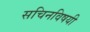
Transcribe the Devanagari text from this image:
सचिनविषयी